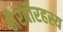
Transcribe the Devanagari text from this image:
भैरवीरहस्य